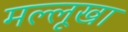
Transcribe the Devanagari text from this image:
मल्लूखा